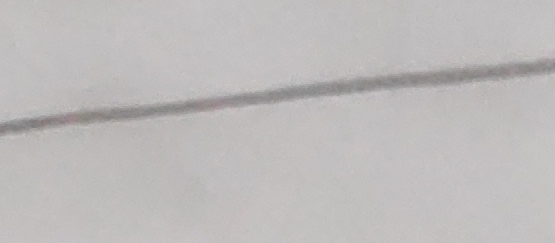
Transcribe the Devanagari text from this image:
मा